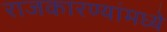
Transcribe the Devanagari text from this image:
राजकारण्यांमध्ये